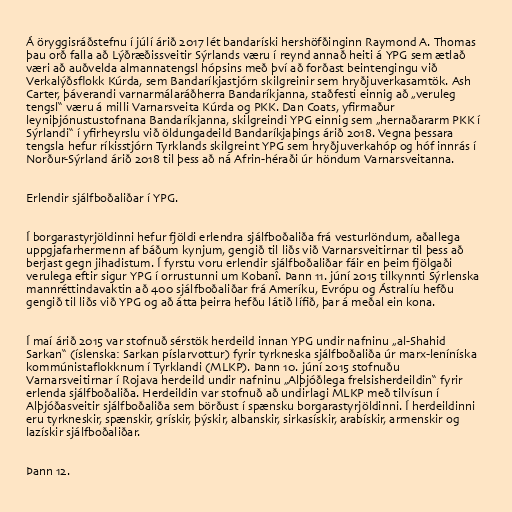
Á öryggisráðstefnu í júlí árið 2017 lét bandaríski hershöfðinginn Raymond A. Thomas
þau orð falla að Lýðræðissveitir Sýrlands væru í reynd annað heiti á YPG sem ætlað
væri að auðvelda almannatengsl hópsins með því að forðast beintengingu við
Verkalýðsflokk Kúrda, sem Bandaríkjastjórn skilgreinir sem hryðjuverkasamtök. Ash
Carter, þáverandi varnarmálaráðherra Bandaríkjanna, staðfesti einnig að „veruleg
tengsl“ væru á milli Varnarsveita Kúrda og PKK. Dan Coats, yfirmaður
leyniþjónustustofnana Bandaríkjanna, skilgreindi YPG einnig sem „hernaðararm PKK í
Sýrlandi“ í yfirheyrslu við öldungadeild Bandaríkjaþings árið 2018. Vegna þessara
tengsla hefur ríkisstjórn Tyrklands skilgreint YPG sem hryðjuverkahóp og hóf innrás í
Norður-Sýrland árið 2018 til þess að ná Afrin-héraði úr höndum Varnarsveitanna.

Erlendir sjálfboðaliðar í YPG.

Í borgarastyrjöldinni hefur fjöldi erlendra sjálfboðaliða frá vesturlöndum, aðallega
uppgjafarhermenn af báðum kynjum, gengið til liðs við Varnarsveitirnar til þess að
berjast gegn jihadistum. Í fyrstu voru erlendir sjálfboðaliðar fáir en þeim fjölgaði
verulega eftir sigur YPG í orrustunni um Kobanî. Þann 11. júní 2015 tilkynnti Sýrlenska
mannréttindavaktin að 400 sjálfboðaliðar frá Ameríku, Evrópu og Ástralíu hefðu
gengið til liðs við YPG og að átta þeirra hefðu látið lífið, þar á meðal ein kona.

Í maí árið 2015 var stofnuð sérstök herdeild innan YPG undir nafninu „al-Shahid
Sarkan“ (íslenska: Sarkan píslarvottur) fyrir tyrkneska sjálfboðaliða úr marx-leníníska
kommúnistaflokknum í Tyrklandi (MLKP). Þann 10. júní 2015 stofnuðu
Varnarsveitirnar í Rojava herdeild undir nafninu „Alþjóðlega frelsisherdeildin“ fyrir
erlenda sjálfboðaliða. Herdeildin var stofnuð að undirlagi MLKP með tilvísun í
Alþjóðasveitir sjálfboðaliða sem börðust í spænsku borgarastyrjöldinni. Í herdeildinni
eru tyrkneskir, spænskir, grískir, þýskir, albanskir, sirkasískir, arabískir, armenskir og
lazískir sjálfboðaliðar.

Þann 12.